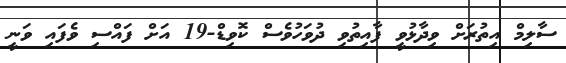
ސާލިމް އިތުރަށް ވިދާޅުވީ ފާއިތުވި ދުވަހުވެސް ކޮވިޑް-19 އަށް ފައްސި ވެފައި ވަނީ